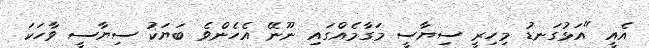
އެއީ "އަޅުގަނޑު މިހިރީ ސިޔާސީ މަގާމެއްގައި ނޫނޭ އެހެންވެ ބަޔަކު ސިޔާސީ ވާހަކަ